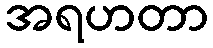
အရဟတာ